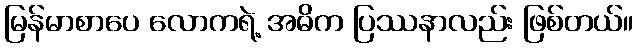
မြန်မာစာပေ လောကရဲ့ အဓိက ပြဿနာလည်း ဖြစ်တယ်။